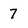
Character: 7